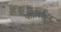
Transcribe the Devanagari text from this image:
पोलिशिंग